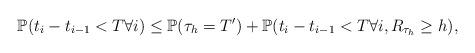
LaTeX: \begin{align*}\mathbb{P}(t_i-t_{i-1}<T\forall i)\leq \mathbb{P}(\tau_h=T')+\mathbb{P}(t_i-t_{i-1}<T\forall i,R_{\tau_h}\geq h),\end{align*}